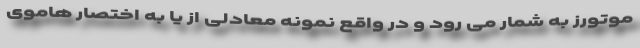
موتورز به شمار می رود و در واقع نمونه معادلی از یا به اختصار هاموی